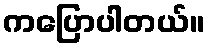
ကပြောပါတယ်။